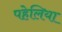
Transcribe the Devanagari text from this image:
पहेलिया